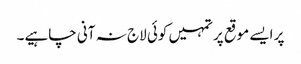
پر ایسے موقع پر تمہیں کوئی لاج نہ آنی چاہیے۔